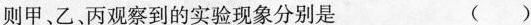
则甲、乙、丙观察到的实验现象分别是 ( )